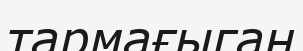
тармағыган